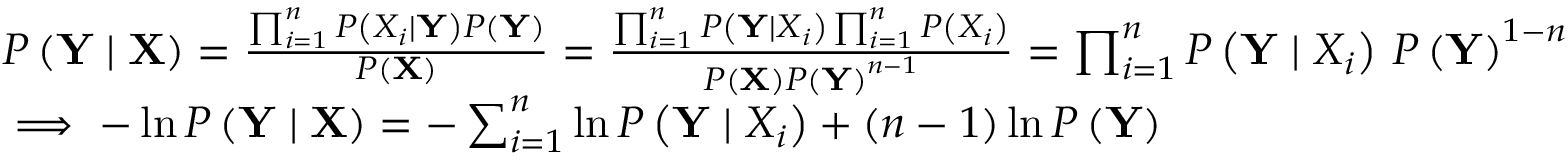
\begin{array} { r l } & { P \left( \mathbf { Y } \mid \mathbf { X } \right) = \frac { \prod _ { i = 1 } ^ { n } P \left( X _ { i } \mid \mathbf { Y } \right) P \left( \mathbf { Y } \right) } { P \left( \mathbf { X } \right) } = \frac { \prod _ { i = 1 } ^ { n } P \left( \mathbf { Y } \mid X _ { i } \right) \prod _ { i = 1 } ^ { n } P \left( X _ { i } \right) } { P \left( \mathbf { X } \right) P \left( \mathbf { Y } \right) ^ { n - 1 } } = \prod _ { i = 1 } ^ { n } P \left( \mathbf { Y } \mid X _ { i } \right) \, P \left( \mathbf { Y } \right) ^ { 1 - n } } \\ & { \implies - \ln { P \left( \mathbf { Y } \mid \mathbf { X } \right) } = - \sum _ { i = 1 } ^ { n } \ln { P \left( \mathbf { Y } \mid X _ { i } \right) } + ( n - 1 ) \ln { P \left( \mathbf { Y } \right) } } \end{array}